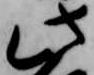
此